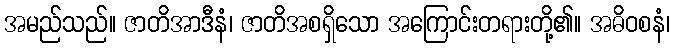
အမည်သည်။ ဇာတိအာဒီနံ၊ ဇာတိအစရှိသော အကြောင်းတရားတို့၏။ အဓိဝစနံ၊